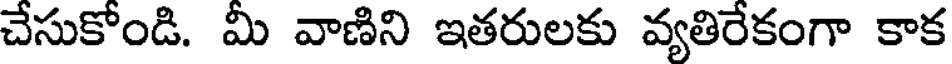
చేసుకోండి. మీ వాణిని ఇతరులకు వ్యతిరేకంగా కాక